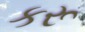
કરૂ